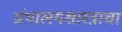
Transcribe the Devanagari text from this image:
ग्रंथालयशास्त्राचा